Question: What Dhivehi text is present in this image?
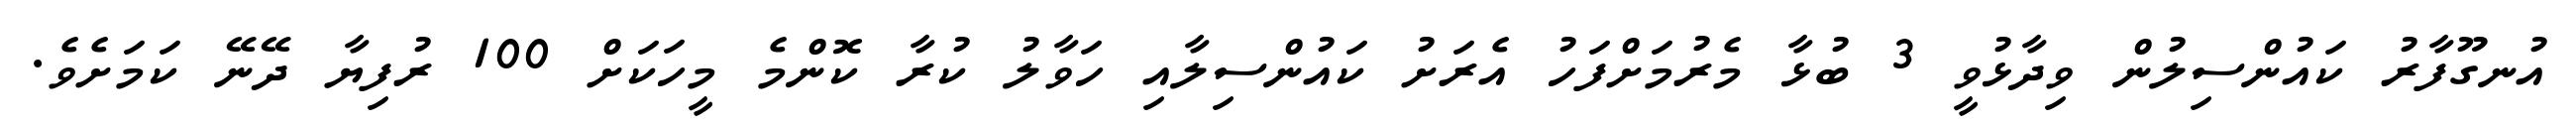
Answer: އުނގޫފާރު ކައުންސިލުން ވިދާޅުވީ 3 ބުޅާ މެރުމަށްފަހު އެރަށު ކައުންސިލާއި ހަވާލު ކުރާ ކޮންމެ މީހަކަށް 100 ރުފިޔާ ދޭނޭ ކަމަށެވެ.